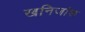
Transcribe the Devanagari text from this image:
खनिजांश